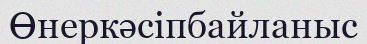
Өнеркәсіпбайланыс